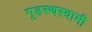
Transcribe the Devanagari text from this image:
गृहस्थस्वामी